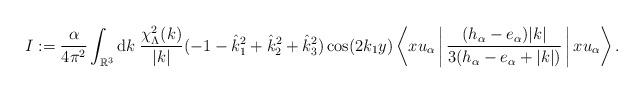
LaTeX: \begin{align*}I:= \frac{\alpha}{4\pi^2} \int_{\mathbb{R}^3} \mathrm{d} k \; \frac{\chi^2_{\Lambda}(k)}{|k|} (-1-\hat{k}_1^2+\hat{k}_2^2+\hat{k}_3^2) \cos(2k_1y)\left\langle x u_{\alpha}\,\bigg|\, \frac{(h_{\alpha}-e_{\alpha})|k|}{3(h_{\alpha}-e_{\alpha}+|k|)}\,\bigg|\, x u_{\alpha} \right\rangle. \end{align*}